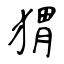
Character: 猬